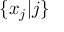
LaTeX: \{ x _ { j } | j \}